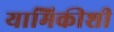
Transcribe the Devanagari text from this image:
यामिकीशी